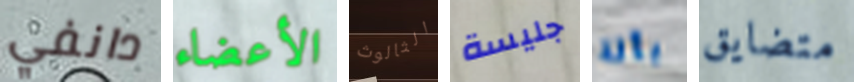
دانفي الأعضاء الثالوث جليسة بآلة متضايق